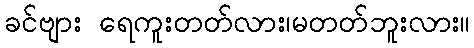
ခင်ဗျား ရေကူးတတ်လား၊မတတ်ဘူးလား။